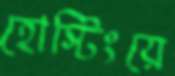
হোস্টিংয়ে